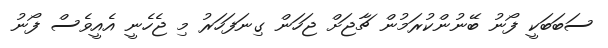
ސަބަބަކީީ ފޯނު ބޭނުންކުރަމުން ޗާޖަށް ޖަހަން ގިނަަަފަހަރު މި ޖެހެނީ އެއީވެސް ފޯނު